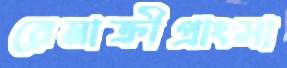
রেমাক্রীপ্রাংসা